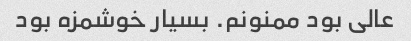
عالی بود ممنونم. بسیار خوشمزه بود